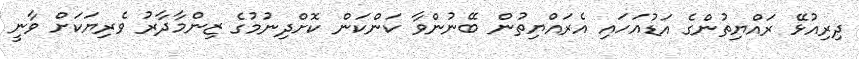
ދިރިއުޅޭ ރައްޔިތުންގެ އަޑުއަހައި އެރައްޔިތުން ބޭނުންވާ ކަންކަން ކޮށްދިނުމުގެ ޒިންމާދާރު ވެރިޔަކަށް ވާނީ